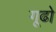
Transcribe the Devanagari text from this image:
गूढो